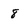
Character: 8